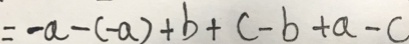
= - a - ( - a ) + b + c - b + a - c